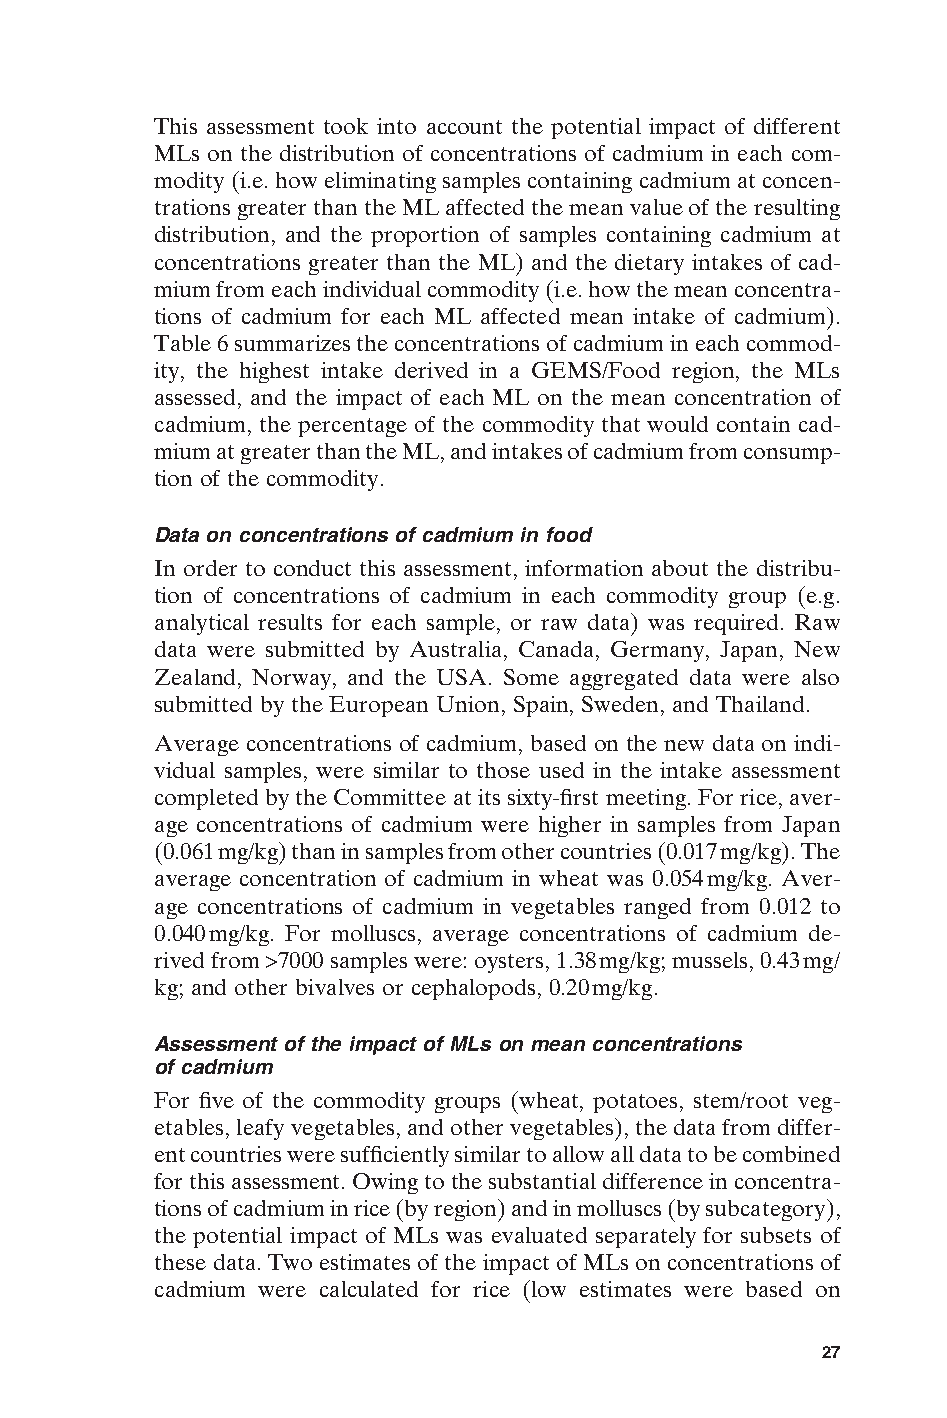
This assessment took into account the potential impact of different
 MLs on the distribution of concentrations of cadmium in each com-
 modity (i.e. how eliminating samples containing cadmium at concen-
 trations greater than the ML affected the mean value of the resulting
 distribution, and the proportion of samples containing cadmium at
 concentrations greater than the ML) and the dietary intakes of cad-
 mium from each individual commodity (i.e. how the mean concentra-
 tions of cadmium for each ML affected mean intake of cadmium).
 Table 6 summarizes the concentrations of cadmium in each commod-
 ity, the highest intake derived in a GEMS/Food region, the MLs
 assessed, and the impact of each ML on the mean concentration of
 cadmium, the percentage of the commodity that would contain cad-
 mium at greater than the ML, and intakes of cadmium from consump-
 tion of the commodity.
 Data on concentrations of cadmium in food
 In order to conduct this assessment, information about the distribu-
 tion of concentrations of cadmium in each commodity group (e.g.
 analytical results for each sample, or raw data) was required. Raw
 data were submitted by Australia, Canada, Germany, Japan, New
 Zealand, Norway, and the USA. Some aggregated data were also
 submitted by the European Union, Spain, Sweden, and Thailand.
 Average concentrations of cadmium, based on the new data on indi-
 vidual samples, were similar to those used in the intake assessment
 completed by the Committee at its sixty-first meeting. For rice, aver-
 age concentrations of cadmium were higher in samples from Japan
 (0.061mg/kg) than in samples from other countries (0.017mg/kg). The
 average concentration of cadmium in wheat was 0.054mg/kg. Aver-
 age concentrations of cadmium in vegetables ranged from 0.012 to
 0.040mg/kg. For molluscs, average concentrations of cadmium de-
 rived from >7000 samples were: oysters, 1.38mg/kg; mussels, 0.43mg/
 kg; and other bivalves or cephalopods, 0.20mg/kg.
 Assessment of the impact of MLs on mean concentrations
 of cadmium
 For five of the commodity groups (wheat, potatoes, stem/root veg-
 etables, leafy vegetables, and other vegetables), the data from differ-
 ent countries were sufficiently similar to allow all data to be combined
 for this assessment. Owing to the substantial difference in concentra-
 tions of cadmium in rice (by region) and in molluscs (by subcategory),
 the potential impact of MLs was evaluated separately for subsets of
 these data. Two estimates of the impact of MLs on concentrations of
 cadmium were calculated for rice (low estimates were based on E
 27
 Untitled-4       27                    12/20/05, 19:53